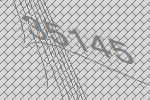
35145